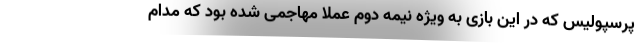
پرسپولیس که در این بازی به ویژه نیمه دوم عملاً مهاجمی شده بود که مدام